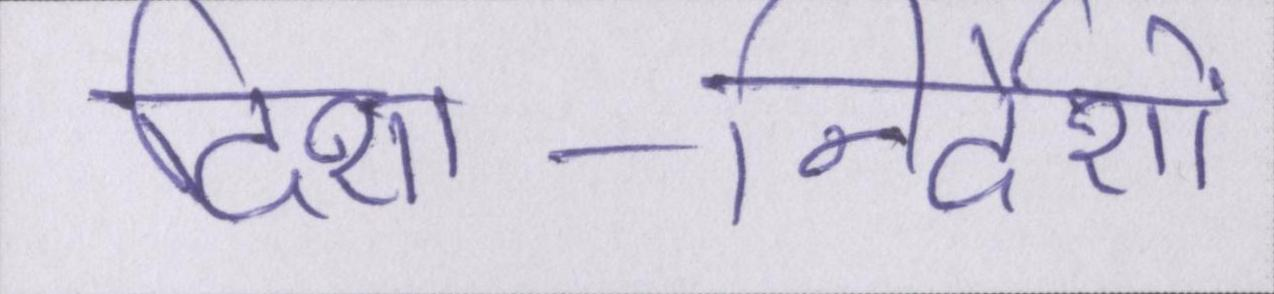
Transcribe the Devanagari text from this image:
दिशा-निर्देशों